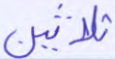
ثلاثين